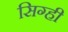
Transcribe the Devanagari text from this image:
सिग्ही